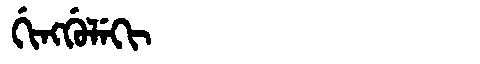
Manchu: ᡤᡳᠩᡤᡠᠯᡝᡴᡳ
Romanization: GINGGULEKI